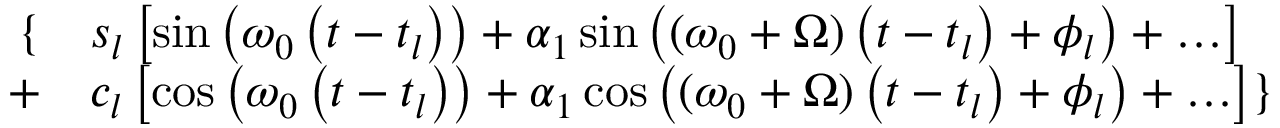
\begin{array} { r l } { \{ } & { { } s _ { l } \left[ \sin \left( \omega _ { 0 } \left( t - t _ { l } \right) \right) + \alpha _ { 1 } \sin \left( ( \omega _ { 0 } + \Omega ) \left( t - t _ { l } \right) + \phi _ { l } \right) + \ldots \right] } \\ { + } & { { } c _ { l } \left[ \cos \left( \omega _ { 0 } \left( t - t _ { l } \right) \right) + \alpha _ { 1 } \cos \left( ( \omega _ { 0 } + \Omega ) \left( t - t _ { l } \right) + \phi _ { l } \right) + \ldots \right] \} } \end{array}